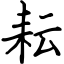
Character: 耘